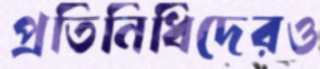
প্রতিনিধিদেরও